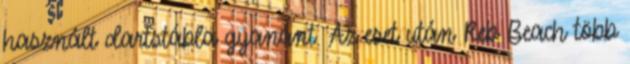
használt dartstábla gyanánt. Az eset után Reb Beach több